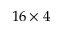
1 6 \times 4